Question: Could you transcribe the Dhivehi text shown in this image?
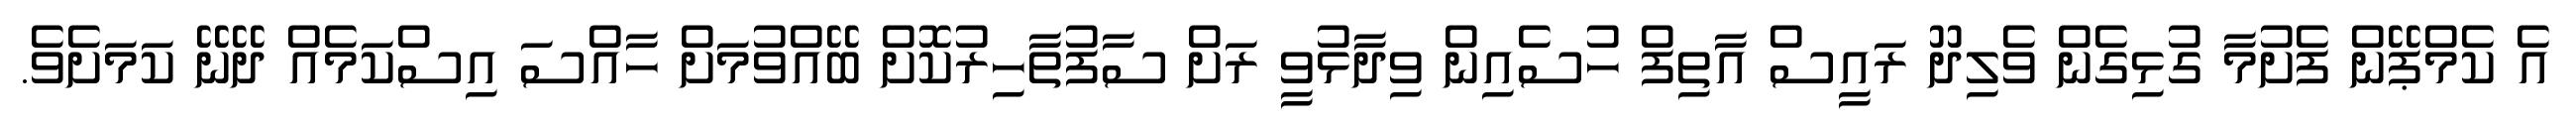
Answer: އެ ކެމްޕޭން ފެށުމާ ގުޅިގެން ވެލިދޫ ރައީސް އާތިފް ހުސެއިން ވިދާޅުވީ ރަށް ސާފުތާހިރުކޮށް ބޭއްވުމަށް ހާއްސަ އިސްކަމެއް ދޭނޭ ކަމަށެވެ.